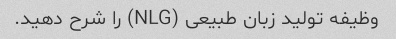
وظیفه تولید زبان طبیعی (NLG) را شرح دهید.